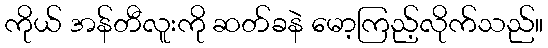
ကိုယ် အန်တီလူးကို ဆတ်ခနဲ မော့ကြည့်လိုက်သည်။